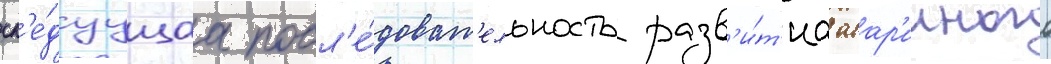
сл'е́дуущаа посл'е́доват'ельность разв'и́т'иа авар'ииного